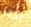
أكثر